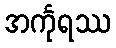
အင်္ကုရဿ